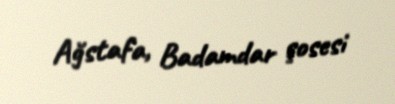
Ağstafa, Badamdar şosesi